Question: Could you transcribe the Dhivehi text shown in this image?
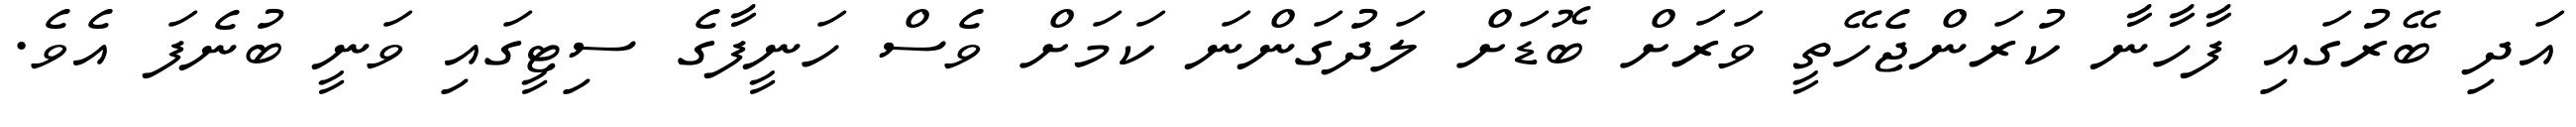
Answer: އަދި ބޭރުގައި ފާހާނާ ކުރަންޖެހޭތީ ވަރަށް ބޮޑަށް ލަދުގަންނަ ކަމަށް ވެސް ހަނީފާގެ ސިޓީގައި ވަނީ ބުނެފަ އެވެ.